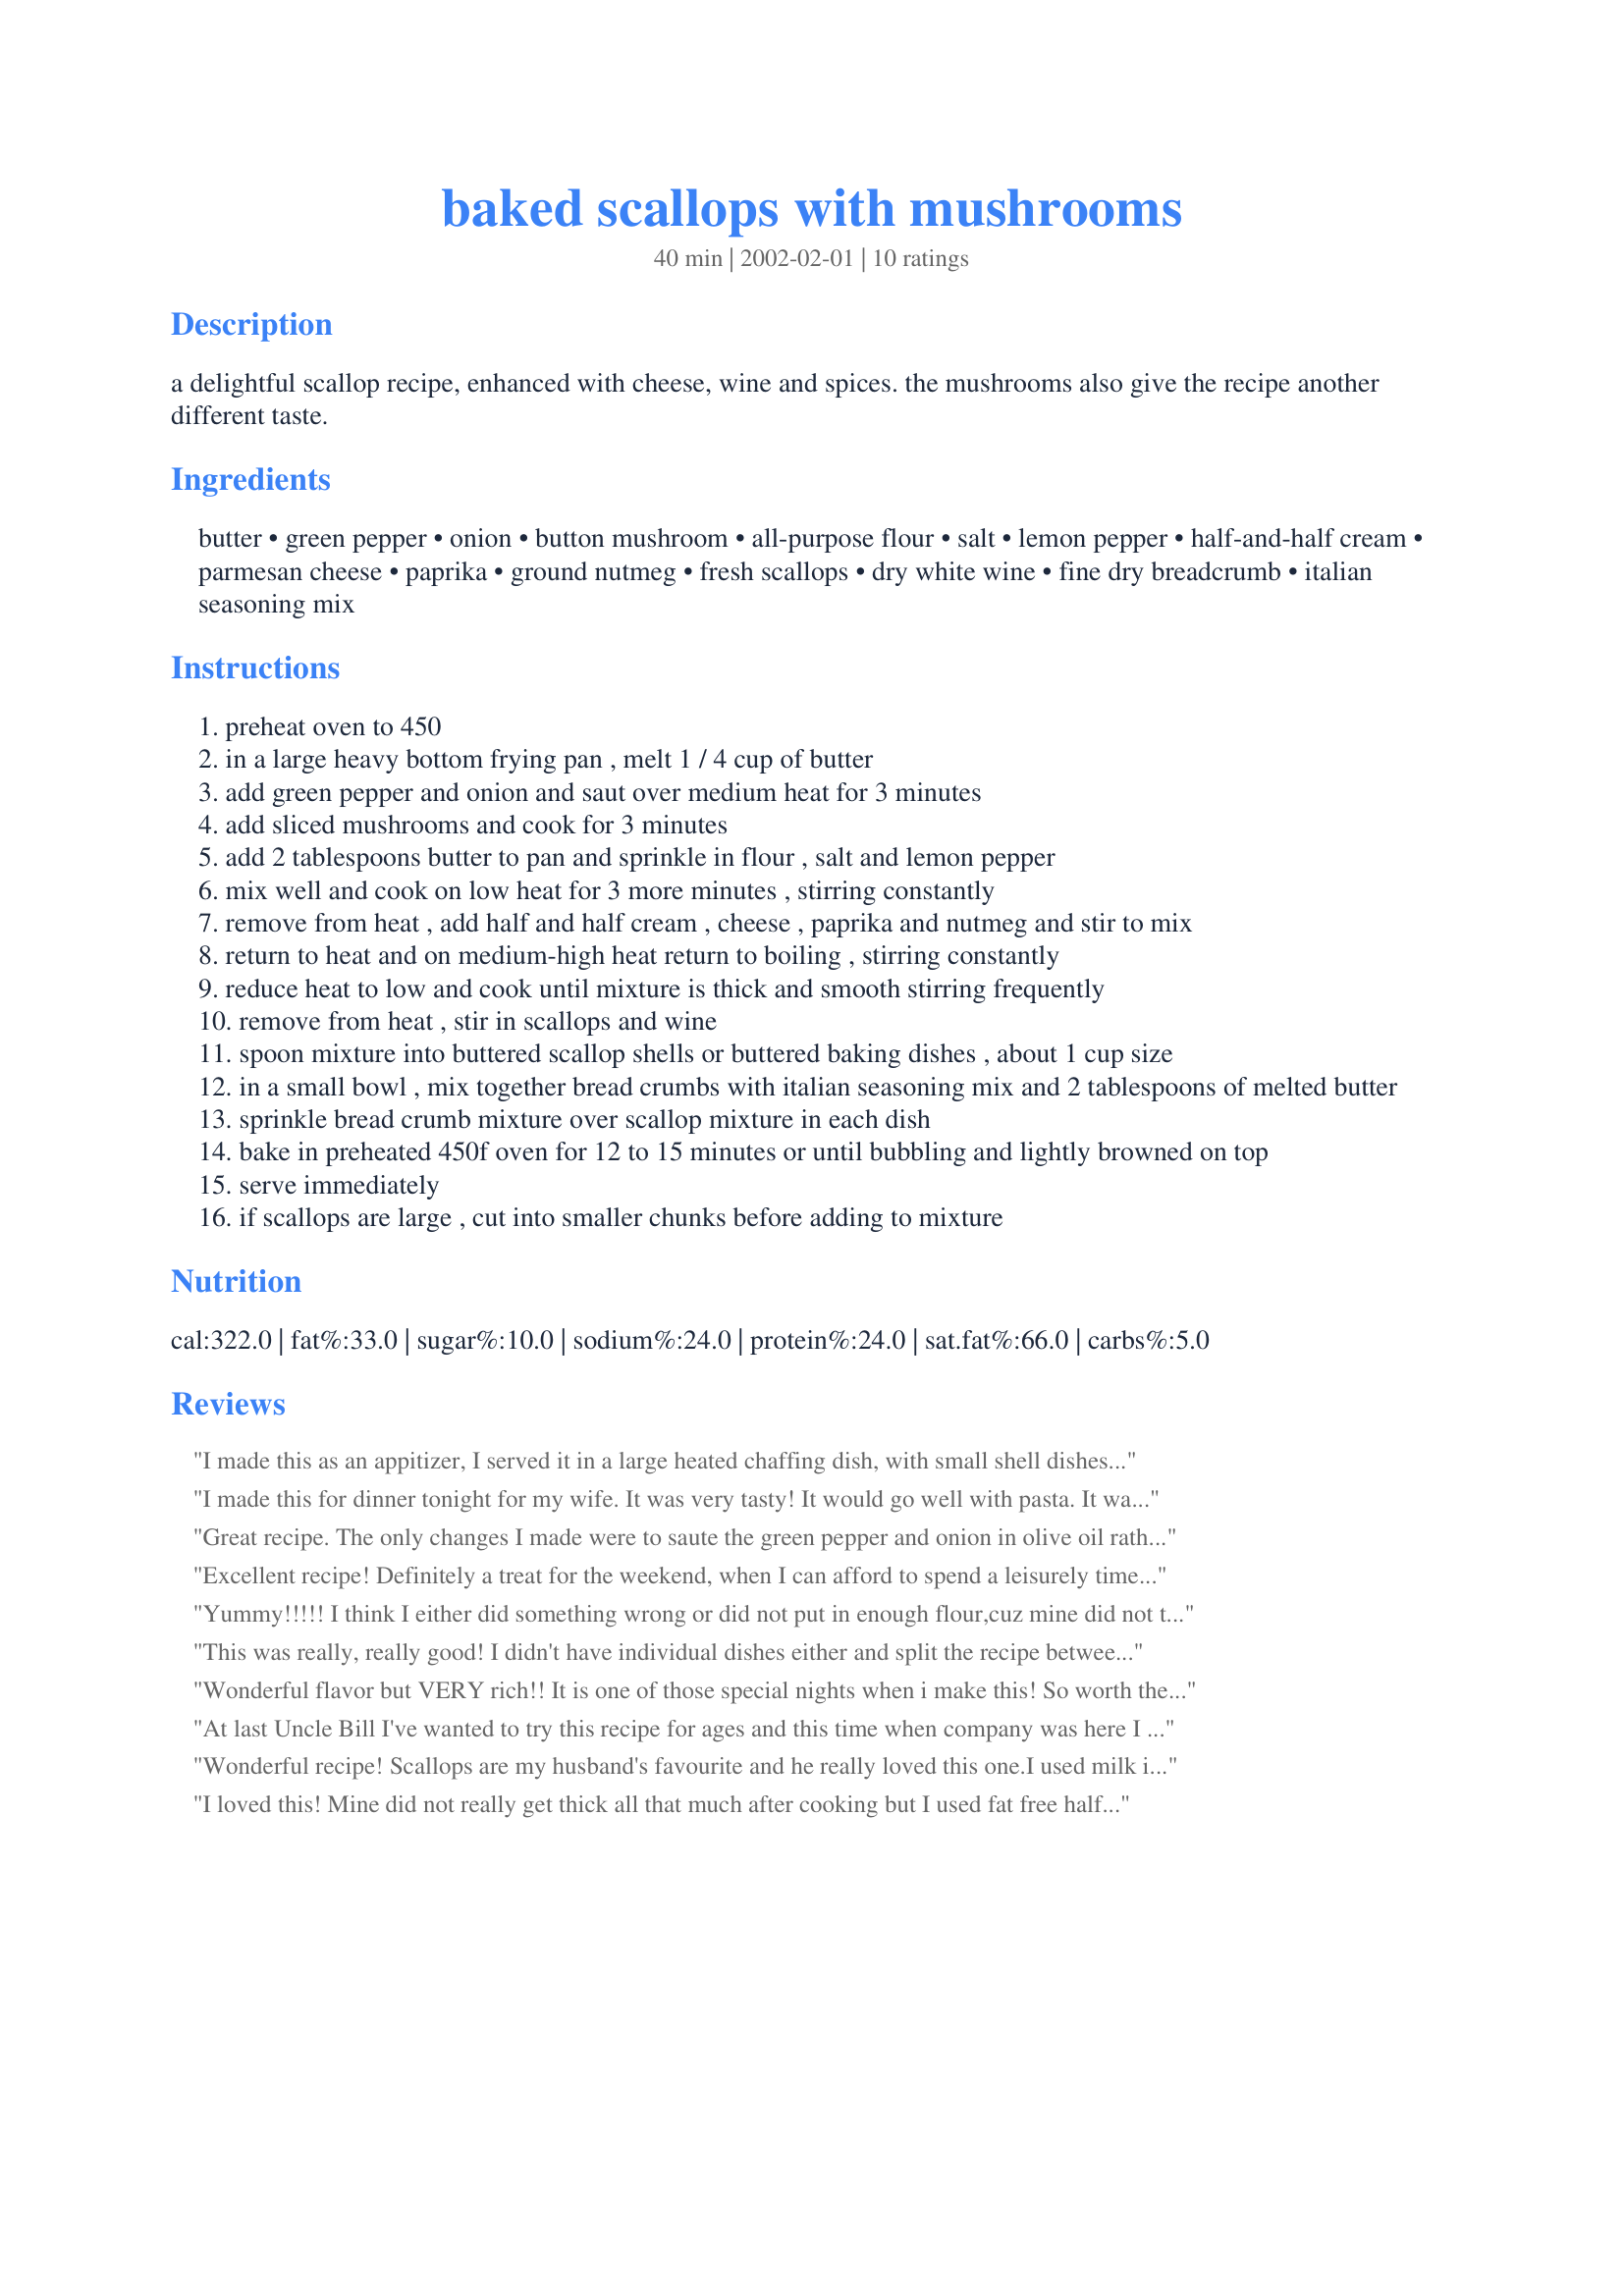
baked scallops with mushrooms
Preparation time: 40 minutes

a delightful scallop recipe, enhanced with cheese, wine and spices. the mushrooms also give the recipe another different taste.

Ingredients:
butter, green pepper, onion, button mushroom, all-purpose flour, salt, lemon pepper, half-and-half cream, parmesan cheese, paprika, ground nutmeg, fresh scallops, dry white wine, fine dry breadcrumb, italian seasoning mix

Steps:
preheat oven to 450
in a large heavy bottom frying pan , melt 1 / 4 cup of butter
add green pepper and onion and saut over medium heat for 3 minutes
add sliced mushrooms and cook for 3 minutes
add 2 tablespoons butter to pan and sprinkle in flour , salt and lemon pepper
mix well and cook on low heat for 3 more minutes , stirring constantly
remove from heat , add half and half cream , cheese , paprika and nutmeg and stir to mix
return to heat and on medium-high heat return to boiling , stirring constantly
reduce heat to low and cook until mixture is thick and smooth stirring frequently
remove from heat , stir in scallops and wine
spoon mixture into buttered scallop shells or buttered baking dishes , about 1 cup size
in a small bowl , mix together bread crumbs with italian seasoning mix and 2 tablespoons of melted butter
sprinkle bread crumb mixture over scallop mixture in each dish
bake in preheated 450f oven for 12 to 15 minutes or until bubbling and lightly browned on top
serve immediately
if scallops are large , cut into smaller chunks before adding to mixture

Reviews:
I made this as an appitizer, I served it in a large heated chaffing dish, with small shell dishes to ladel it into. The flavor is wonderful. I increased the scallops to 3 lbs. I also used a mixture of bay scallops and sea scallops. I would make this again!
I made this for dinner tonight for my wife. It was very tasty! It would go well with pasta. It was really good!
Great recipe. The only changes I made were to saute the green pepper and onion in olive oil rather than butter and to use fat-free 1/2 and 1/2. No other changes needed!
Excellent recipe! Definitely a treat for the weekend, when I can afford to spend a leisurely time in the kitchen.
Yummy!!!!! I think I either did something wrong or did not put in enough flour,cuz mine did not thicken, but it was an excellent scallop stew!!!!!! Very Very flavorful!!! I did not have enough small baking bowls so I baked in a large casserole dish, perhaps that was the reason it did not thicken. But it was perfect for this cold snowy night.I did not have Lemon Pepper so i used Lime Pepper and it worked fine.
This was really, really good! I didn't have individual dishes either and split the recipe between two larger, kind of flat dishes. It was just my husband and I for dinner and we finished the smaller of the two dishes, except for the sauce. I mixed the leftover sauce with cooked gnocchi (which I had served along with the scallop dish) and we'll have that as a side dish in a day or two. The second cooked dish of scallops was cooled and then I froze it. We'll have that in a week or two and I'm looking forward to it. My husband really liked this recipe and thinks I'm a genius. Thanks Uncle Bill!
Wonderful flavor but VERY rich!! It is one of those special nights when i make this! So worth the time!
At last Uncle Bill I've wanted to try this recipe for ages and this time when company was here I did it! The recipe is excellent and I will be making it again. The ony changes I made was to use 2% milk instead of half & half and cut the butter to 1 tbsp - It worked well. This is a real keeper and I will make it again Thanks Uncle Bill for making my dinner a complete success
Wonderful recipe!
Scallops are my husband's favourite and he really loved this one.I used milk instead of 1/2&1/2.We ate it with mashed potaotes, so it was like Coquille St Jacques.Thank you Uncle Bill for sharing.Ii will be making this one again for sure.
I loved this! Mine did not really get thick all that much after cooking but I used fat free half and half...forgot the mushrooms but did not miss them...great rich flavor and served over homemade liquini....I used a pound and a half of bay scallops and was not too much at all.
